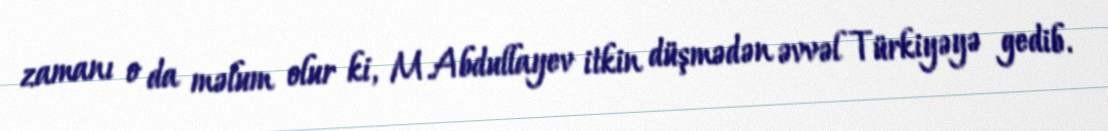
zamanı o da məlum olur ki, M.Abdullayev itkin düşmədən əvvəl Türkiyəyə gedib.